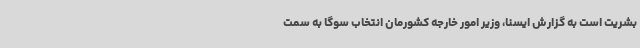
بشریت است به گزارش ایسنا، وزیر امور خارجه کشورمان انتخاب سوگا به سمت